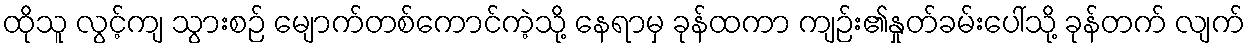
ထိုသူ လွင့်ကျ သွားစဉ် မျောက်တစ်ကောင်ကဲ့သို့ နေရာမှ ခုန်ထကာ ကျဉ်း၏နှုတ်ခမ်းပေါ်သို့ ခုန်တက် လျက်